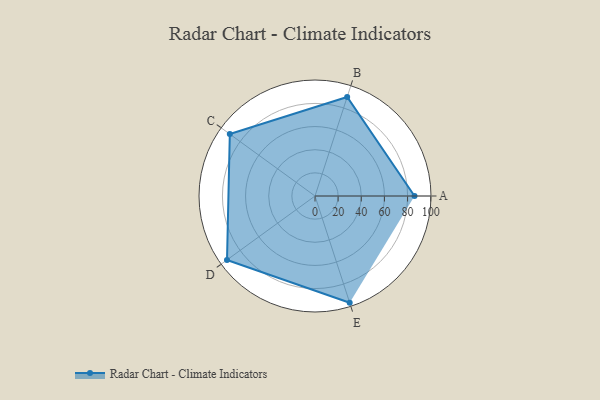
{"axis": {"x": "Skill", "y": "Score"}, "legend": ["Profile"], "data": [{"x": "A", "y": 86.0, "type": "Profile"}, {"x": "B", "y": 90.0, "type": "Profile"}, {"x": "C", "y": 91.0, "type": "Profile"}, {"x": "D", "y": 94.0, "type": "Profile"}, {"x": "E", "y": 97.0, "type": "Profile"}]}